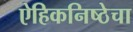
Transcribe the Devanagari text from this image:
ऐहिकनिष्ठेचा